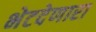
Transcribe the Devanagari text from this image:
भेटदेणारा